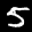
Label: 5